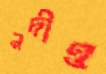
নদীও